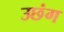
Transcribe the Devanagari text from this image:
उछंग